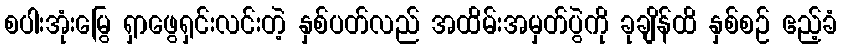
စပါးအုံးမြွေ ရှာဖွေရှင်းလင်းတဲ့ နှစ်ပတ်လည် အထိမ်းအမှတ်ပွဲကို ခုချိန်ထိ နှစ်စဉ် ဧည့်ခံ